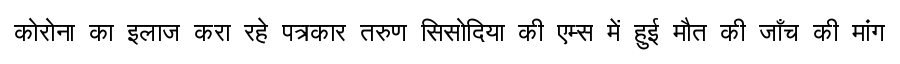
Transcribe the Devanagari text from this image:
कोरोना का इलाज करा रहे पत्रकार तरुण सिसोदिया की एम्स में हुई मौत की जाँच की मांग